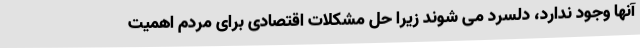
آنها وجود ندارد، دلسرد می شوند زیرا حل مشکلات اقتصادی برای مردم اهمیت